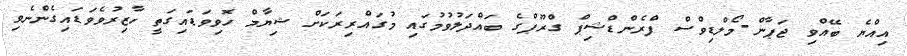
އިއްޔެ ބޭއްވި ޖަޕާން-މޯލްޑިވްސް ފްރެންޑްޝިޕް ގްރޫޕްގެ ބައްދަލުވުމުގައި މުގައްރިރަކަށް ޝިޔާމް ހޮވިވަޑައިގަތީ ހާޒިރުވެވަޑައިގެންނެވި